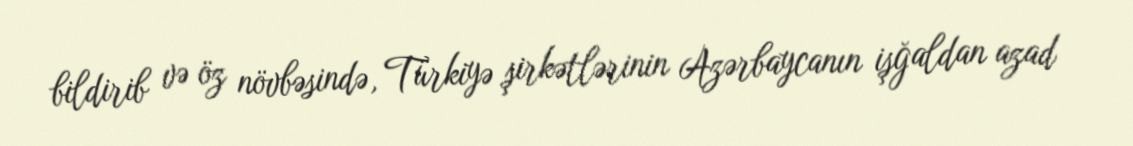
bildirib və öz növbəsində, Türkiyə şirkətlərinin Azərbaycanın işğaldan azad